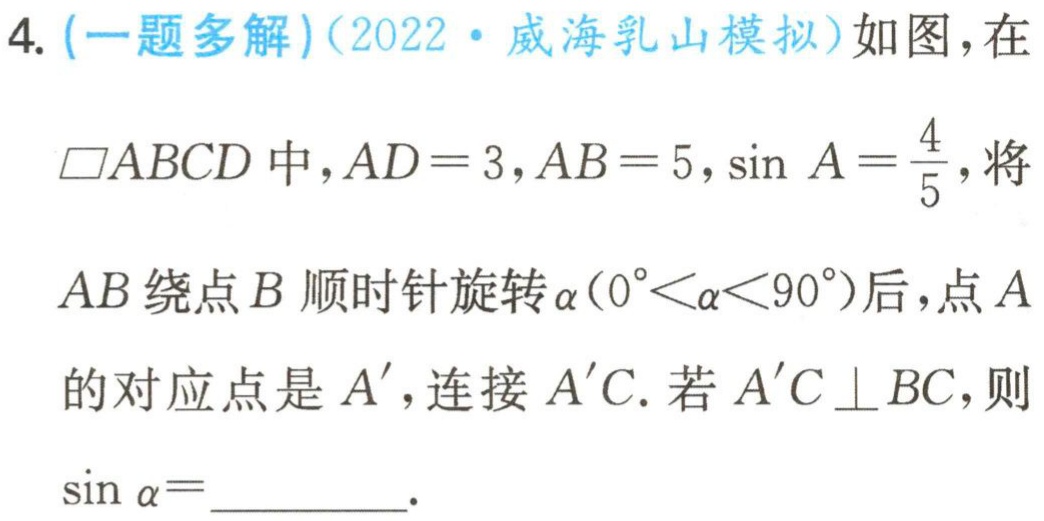
4. (一题多解)(2022·威海乳山模拟)如图，在

$\square ABCD$中，$AD = 3,AB = 5,\sin A=\frac{4}{5}$，将

$AB$绕点$B$顺时针旋转$\alpha(0^{\circ}<\alpha<90^{\circ})$后，点$A$

的对应点是$A'$，连接$A'C$. 若$A'C\perp BC$，则

$\sin\alpha =$_________.